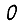
Digit: 0